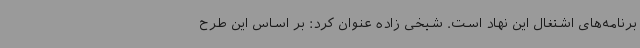
برنامه‌های اشتغال این نهاد است. شیخی زاده عنوان کرد: بر اساس این طرح